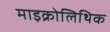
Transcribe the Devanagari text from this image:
माइक्रोलिथिक